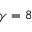
\gamma = 8